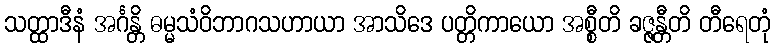
သတ္ထာဒီနံ အင်္ဂန္တိ ဓမ္မသံဝိဘာဂသဟာယာ အာသိဒေ ပတ္တိကာယော အစ္စီတိ ခဇ္ဇန္တီတိ တီရေတုံ